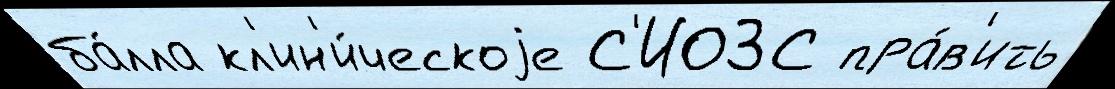
ба́лла кл'ин'и́ческоjе С'ИОЗС пра́в'ить